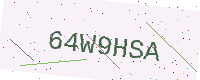
Text: 64W9HSA